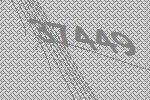
37449